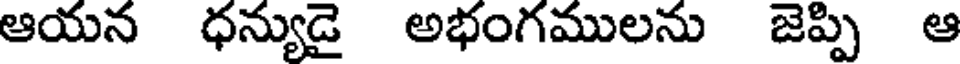
ఆయన ధన్యుడై అభంగములను జెప్పి ఆ